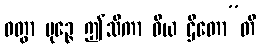
ဝတွာ မုဉ္ဇေ ဤသိကာ ဝိယ ဌိတော”တိ